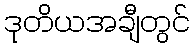
ဒုတိယအချီတွင်